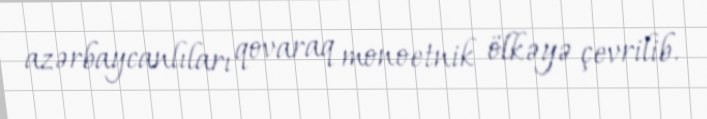
azərbaycanlıları qovaraq monoetnik ölkəyə çevrilib.